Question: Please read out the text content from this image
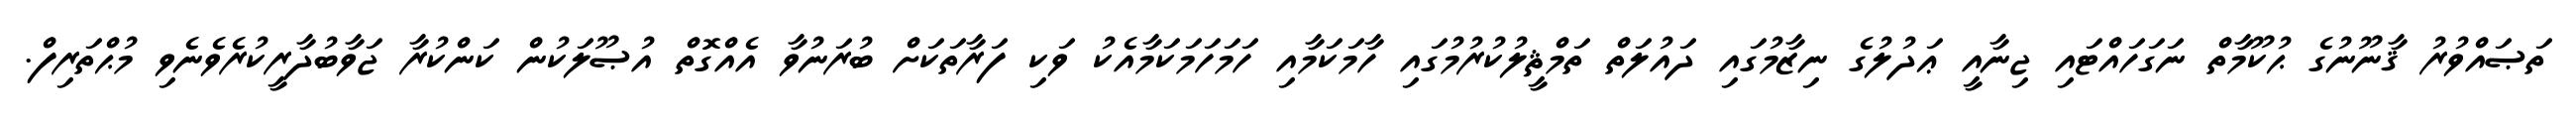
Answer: ތަޞައްވުރު ޤާނޫނުގެ ޙުކޫމާތް ނަގަހައްޓައި ޖިނާއީ ޢަދުލުގެ ނިޒާމުގައި ދައުލަތް ތަމްޘީލުކުރުމުގައި ހާމަކަމާއި ހަމަހަމަކަމާއެކު ވަކި ފަރާތަކަށް ބުރަނުވާ އެއްގޮތް އުޞޫލަކުން ކަންކުރާ ޖަވާބުދާރީކުރެވެނެވި މުޙްތަރިފް.